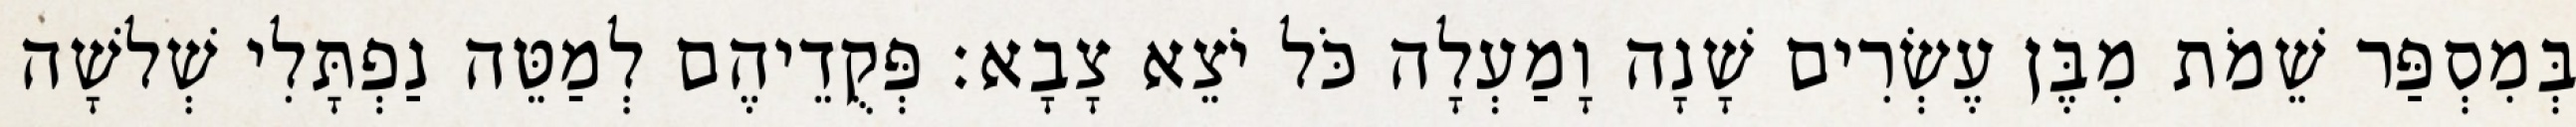
בְּמִסְפַּר שֵׁמֹת מִבֶּן עֶשְׂרִים שָׁנָה וָמַעְלָה כֹּל יֹצֵא צָבָא׃ פְּקֻדֵיהֶם לְמַטֵּה נַפְתָּלִי שְׁלשָׁה